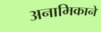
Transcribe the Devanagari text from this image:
अनामिकाने